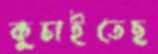
কুচাইতেছ